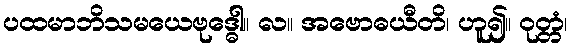
ပထမာဘိသမယေဗုဒ္ဓေါ။ လ။ အဗောဓယီတိ၊ ဟူ၍။ ဝုတ္တံ၊